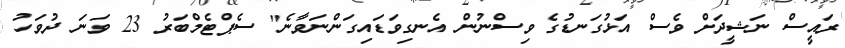
ރައީސް ނަޝީދަށް ވެސް އަޅުގަނޑުގެ ވިސްނުން އެނގިވަޑައިގަންނަވާނެ" ސެޕްޓެމްބަރު 23 ވަނަ ދުވަހު